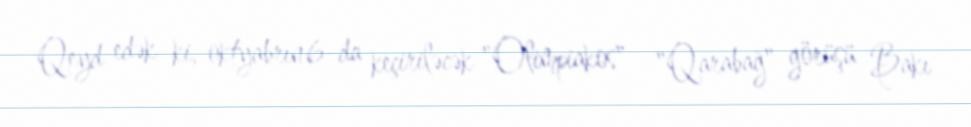
Qeyd edək ki, oktyabrın 6-da keçiriləcək "Olimpiakos" - "Qarabağ" görüşü Bakı